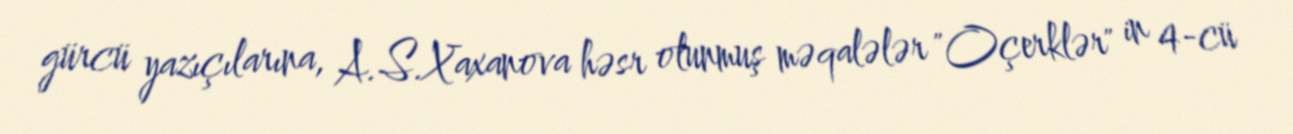
gürcü yazıçılarına, A.S.Xaxanova həsr olunmuş məqalələr "Oçerklər" in 4-cü